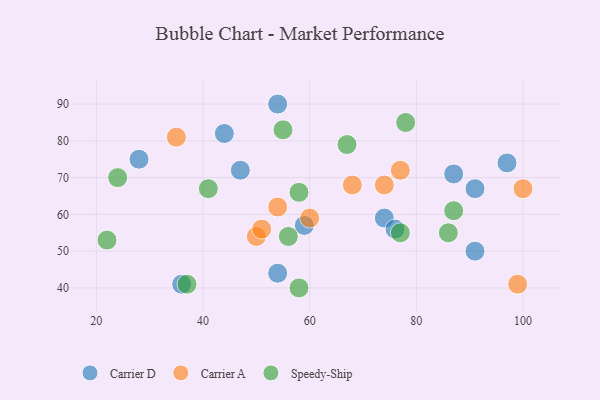
{"axis": {"x": "GDP", "y": "Life Expectancy"}, "legend": ["Carrier A", "Carrier D", "Speedy-Ship"], "data": [{"x": "87", "y": 71, "type": "Carrier D"}, {"x": "97", "y": 74, "type": "Carrier D"}, {"x": "91", "y": 67, "type": "Carrier D"}, {"x": "44", "y": 82, "type": "Carrier D"}, {"x": "54", "y": 44, "type": "Carrier D"}, {"x": "54", "y": 90, "type": "Carrier D"}, {"x": "47", "y": 72, "type": "Carrier D"}, {"x": "59", "y": 57, "type": "Carrier D"}, {"x": "74", "y": 59, "type": "Carrier D"}, {"x": "76", "y": 56, "type": "Carrier D"}, {"x": "91", "y": 50, "type": "Carrier D"}, {"x": "28", "y": 75, "type": "Carrier D"}, {"x": "36", "y": 41, "type": "Carrier D"}, {"x": "54", "y": 62, "type": "Carrier A"}, {"x": "50", "y": 54, "type": "Carrier A"}, {"x": "74", "y": 68, "type": "Carrier A"}, {"x": "68", "y": 68, "type": "Carrier A"}, {"x": "77", "y": 72, "type": "Carrier A"}, {"x": "60", "y": 59, "type": "Carrier A"}, {"x": "51", "y": 56, "type": "Carrier A"}, {"x": "99", "y": 41, "type": "Carrier A"}, {"x": "100", "y": 67, "type": "Carrier A"}, {"x": "35", "y": 81, "type": "Carrier A"}, {"x": "77", "y": 55, "type": "Speedy-Ship"}, {"x": "24", "y": 70, "type": "Speedy-Ship"}, {"x": "67", "y": 79, "type": "Speedy-Ship"}, {"x": "58", "y": 40, "type": "Speedy-Ship"}, {"x": "58", "y": 66, "type": "Speedy-Ship"}, {"x": "78", "y": 85, "type": "Speedy-Ship"}, {"x": "22", "y": 53, "type": "Speedy-Ship"}, {"x": "37", "y": 41, "type": "Speedy-Ship"}, {"x": "87", "y": 61, "type": "Speedy-Ship"}, {"x": "56", "y": 54, "type": "Speedy-Ship"}, {"x": "86", "y": 55, "type": "Speedy-Ship"}, {"x": "55", "y": 83, "type": "Speedy-Ship"}, {"x": "41", "y": 67, "type": "Speedy-Ship"}]}